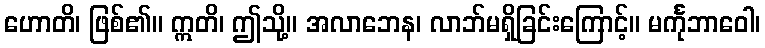
ဟောတိ၊ ဖြစ်၏။ ဣတိ၊ ဤသို့။ အလာဘေန၊ လာဘ်မရှိခြင်းကြောင့်။ မင်္ကုဘာဝေါ၊